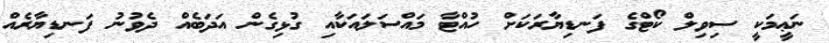
ނަޢީމަކީ ސިވިލް ކޯޓްގެ ފަނޑިޔާރަކަށް ހުއްޓާ މައްސަލައަކާއި ގުޅިގެން އަދަބެއް ދެވުނު ފަނޑިޔާރެއް